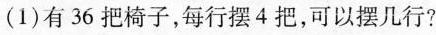
(1) 有 36 把椅子，每行摆 4 把，可以摆几行?